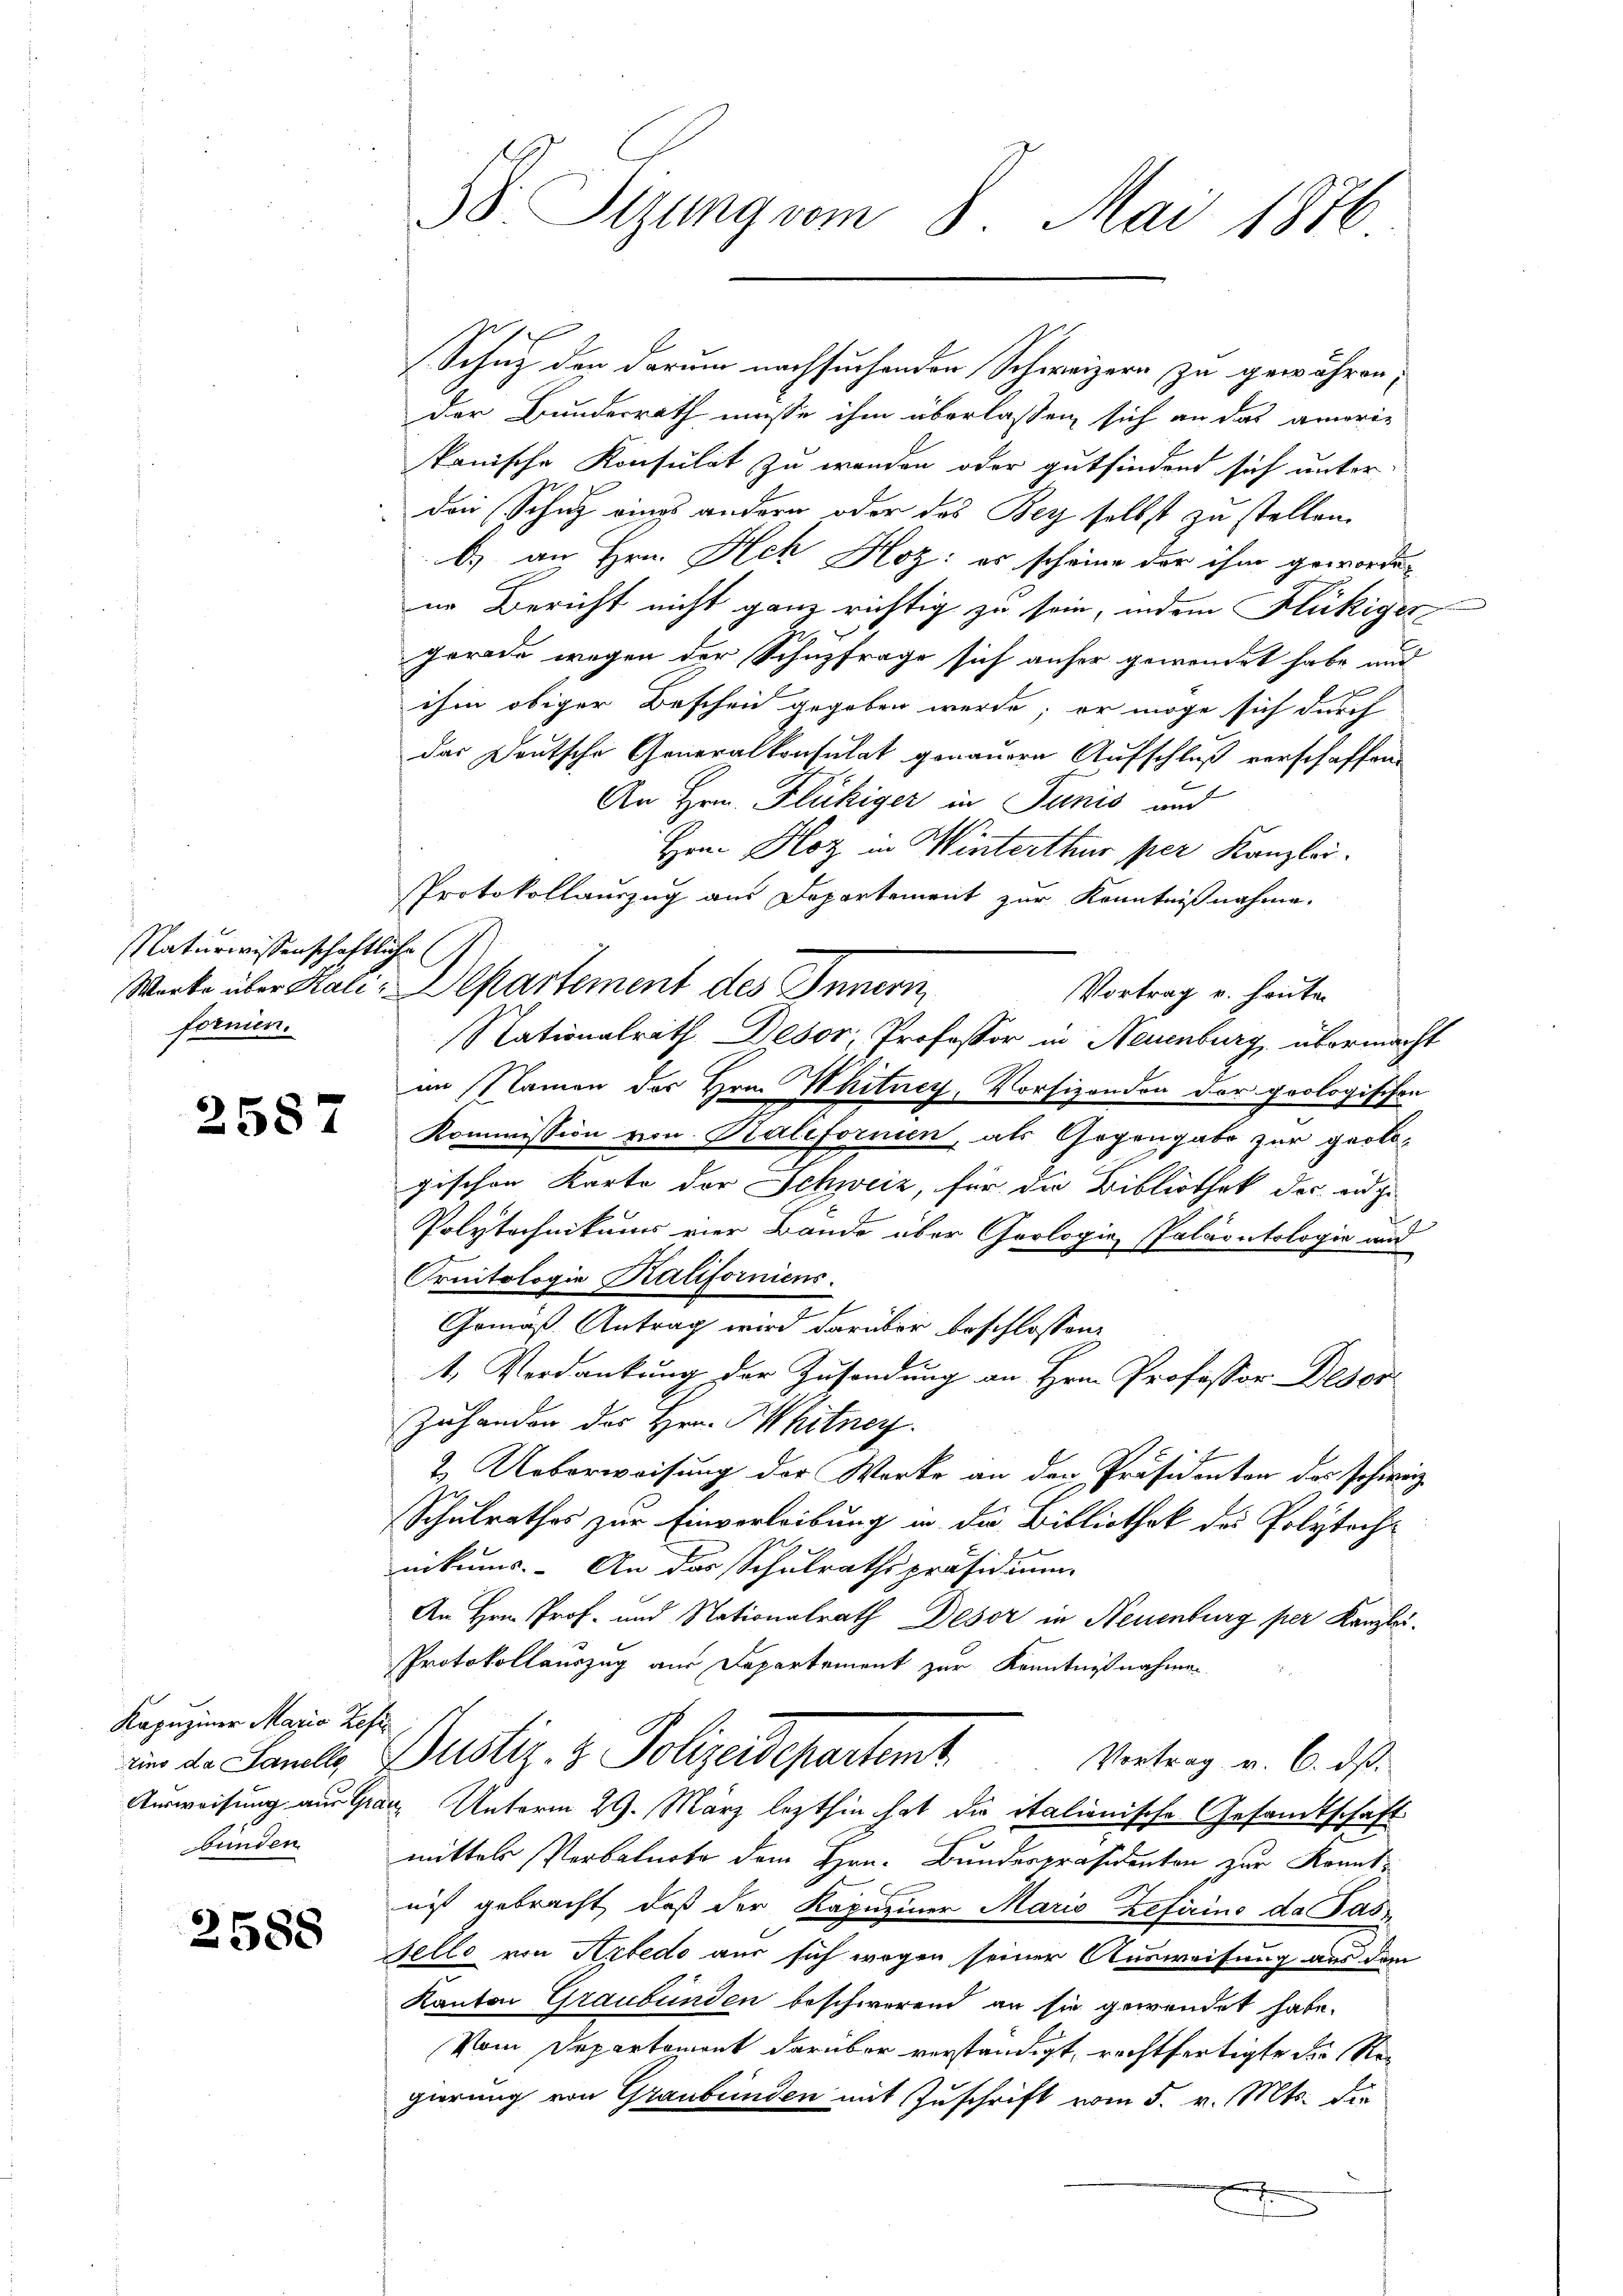
Naturwissenschaftli
fornen.

2587

Kapuziner Maria Zeft
ino da Sanelle
Ausweisung aus Gra-
bunden.

2588

38. Stzung vom 8. Mai 1876

Schutz den darum nachsuchenden Schweizern zu gewähren;
der Bundesrath müsse ihm überlassen sich an das amerie
kanische Konsulat zu werden oder gutfindend sich unter
den Schutz eings andern oder das Bey selbst zu stellen.
b) an Hrn. Ach Hoz: es scheine der ihm gewordein Bericht nicht ganz richtig zu sein, indem Flückiger
gerade wegen der Schnzfrage sich anher gewendet habe und
ihm obiger Beschen gegeben werde; er möge sich durch
das Deutsche Generalkonsulat genauern Aufschluß verschaffen.
An Hrn. Flückiger in Tunis an
Hrn. Hoz in Winterthur per Kanzlei.
Protokollauszug aus Departement zur Kenntnißnahme.
Er
Werke über Kali-Departement des Innern
Vortrag u. heuten
Nationalrath Desor, Professor in Neuenburg, übermacht
im Namen des Hrn. Whitney, Vorsizondon der geologischen
Kommission von Kalifornien, als Gegengabe zur geologischen Karte der Schweiz, für die Bibliothek der eidge
Polytechnikums vier Bande über Goologie, Paläontologie und
Ornitologie Kaliforniens.
Gemäß Antrag wird darüber beschlossen:
t. Verdankung der Zusendung an Hrn. Professor Deser
Zuhanden des Hrn. Mitner.
2. Ueberweisung der Werke an den Präsidenten des schweiz
Schulrathes zur Einverleibung in die Bibliothek die Polytech
nikums. - An das Schulrathspräsidium
An Hrn. Prof. und Nationalrath Deser in Neuenburg per Kanzlei¬
Protokollauszug aus Departement zur Kenntnißnahme
Justiz- & Polizeidepartent
Vortrag v. 6. ds.
 Unterm 29. März lezthin hat die italienische Gesandtschaft
mittels Verbalnote dem Hrn. Bundespräsidenten zur Konnt
nisst gebracht, daß der Kapuziner Mario Zefirins da Pas
sello von Arbedo aus sich wegen seiner Ausweisung aus dem
Kanton Graubünden beschwerend an sie gewendet habe.
Vom Departemont darüber verständigt, rechtfertigte die Re
gierung von Graubünden mit Zuschrift vom 5. v. Mts. die

¬